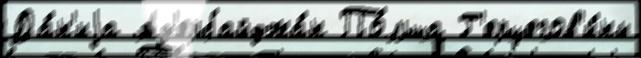
Да́н'иjа Аз'ербайджа́н По́льша Г'ерцегов'и́ны